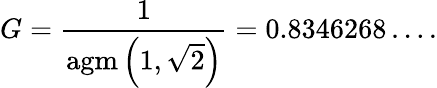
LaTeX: G={\frac{1}{\operatorname{agm}\left(1,{\sqrt{2}}\right)}}=0.8346268\dots.